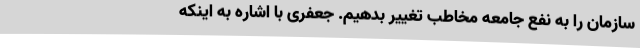
سازمان را به نفع جامعه مخاطب تغییر بدهیم. جعفری با اشاره به اینکه